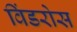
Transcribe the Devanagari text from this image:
विंडरोस